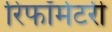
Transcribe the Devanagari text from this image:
रिफॉर्मेटरी